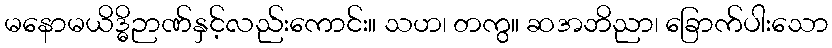
မနောမယိဒ္ဓိဉာဏ်နှင့်လည်းကောင်း။ သဟ၊ တကွ။ ဆအဘိညာ၊ ခြောက်ပါးသော